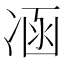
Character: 𠗙